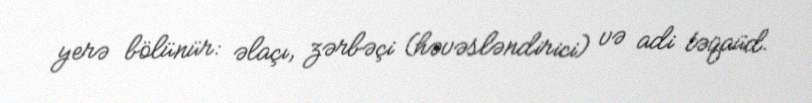
yerə bölünür: əlaçı, zərbəçi (həvəsləndirici) və adi təqaüd.